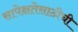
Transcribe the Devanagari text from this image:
सापेक्षतेसाठीची